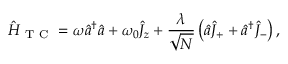
\hat { H } _ { \mathrm { ~ T ~ C ~ } } = \omega \hat { a } ^ { \dagger } \hat { a } + \omega _ { 0 } \hat { J } _ { z } + \frac { \lambda } { \sqrt { N } } \left( \hat { a } \hat { J } _ { + } + \hat { a } ^ { \dagger } \hat { J } _ { - } \right) ,